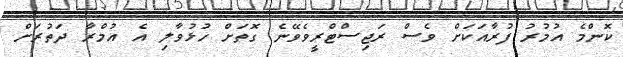
ކޮންމެ އުމުރު ފުރާއަކަށް ވެސް ރަޖިސްޓްރީވެވޭނެ ގޮތަށް ހުޅުވާލި އެ އުމްރާ ދަތުރަށް